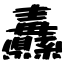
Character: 纛